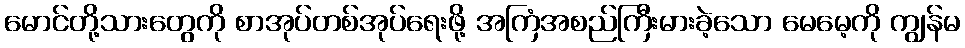
မောင်တို့သားတွေကို စာအုပ်တစ်အုပ်ရေးဖို့ အကြံအစည်ကြီးမားခဲ့သော မေမေ့ကို ကျွန်မ